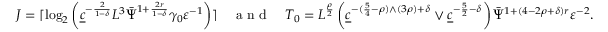
J = \lceil \log _ { 2 } \left( \underline { { c } } ^ { - \frac { 2 } { 1 - \delta } } L ^ { { 3 } } \bar { \Psi } ^ { 1 + \frac { 2 r } { 1 - \delta } } \gamma _ { 0 } \varepsilon ^ { - 1 } \right) \rceil \quad \textnormal { a n d } \quad T _ { 0 } = L ^ { \frac { \rho } { 2 } } \left( \underline { { c } } ^ { - ( \frac { 5 } { 4 } - \rho ) \wedge ( 3 \rho ) + \delta } \vee \underline { { c } } ^ { - \frac { 5 } { 2 } - \delta } \right) \bar { \Psi } ^ { 1 + ( 4 - 2 \rho + \delta ) r } \varepsilon ^ { - 2 } .